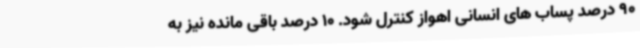
90 درصد پساب های انسانی اهواز کنترل شود. 10 درصد باقی مانده نیز به